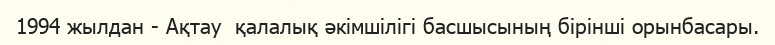
1994 жылдан - Ақтау  қалалық әкімшілігі басшысының бірінші орынбасары.